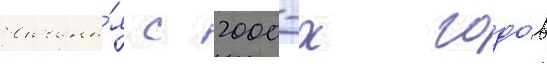
Начина́я с 2000-х годо́в